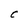
Character: C